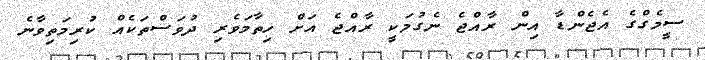
ސީމެގްގެ އެޖެންޑާ އިން ރާއްޖެ ނެގުމަކީ ރާއްޖެ އަށް ހިތާމަވެރި ދުވަސްތަކެއް ކުރިމަތިވާނެ